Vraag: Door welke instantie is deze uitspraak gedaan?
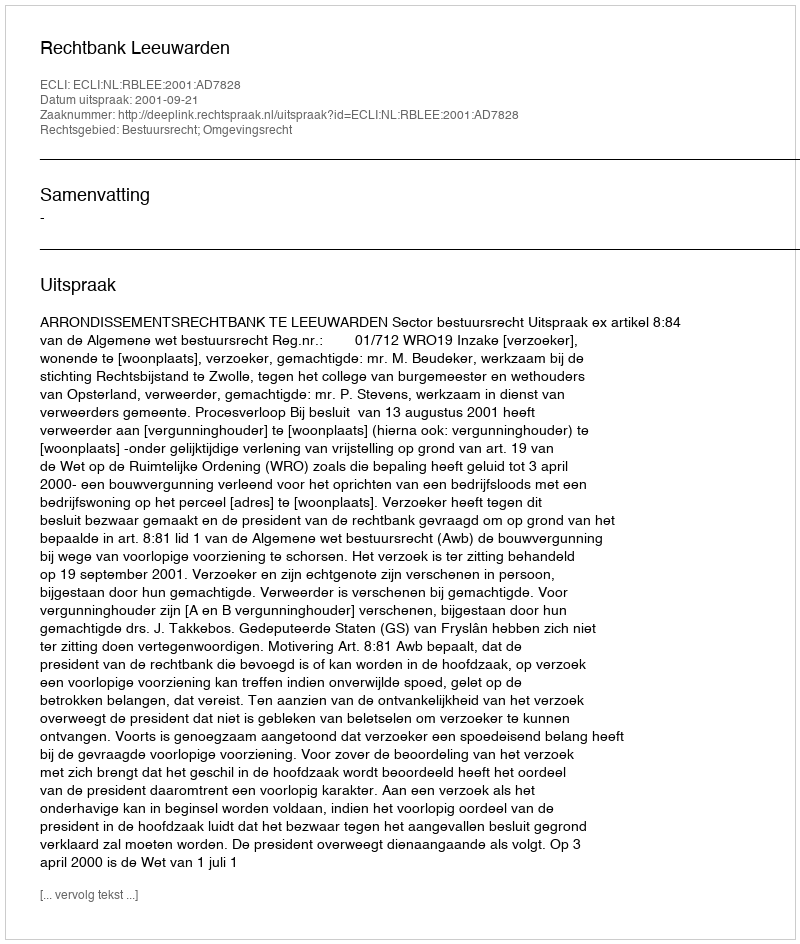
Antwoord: Rechtbank Leeuwarden